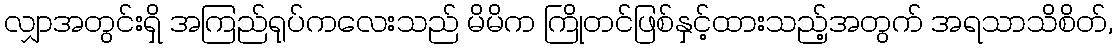
လျှာအတွင်းရှိ အကြည်ရုပ်ကလေးသည် မိမိက ကြိုတင်ဖြစ်နှင့်ထားသည့်အတွက် အရသာသိစိတ်,